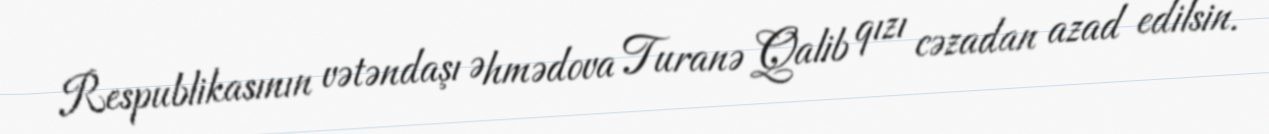
Respublikasının vətəndaşı Əhmədova Turanə Qalib qızı cəzadan azad edilsin.